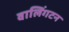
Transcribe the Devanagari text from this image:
वालिंगटन